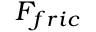
F _ { f r i c }